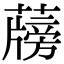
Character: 𦾭